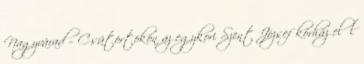
Nagyvárad – Csütörtökön az egykori Szent József kórház elől